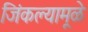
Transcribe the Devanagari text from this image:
जिंकल्यामूळे